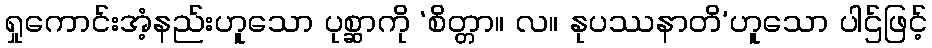
ရှုကောင်းအံ့နည်းဟူသော ပုစ္ဆာကို ‘စိတ္တာ။ လ။ နုပဿနာတိ’ဟူသော ပါဌ်ဖြင့်